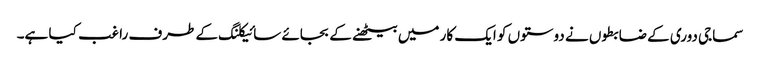
سماجی دوری کے ضابطوں نے دوستوں کو ایک کار میں بیٹھنے کے بجائے سائیکلنگ کے طرف راغب کیا ہے۔